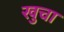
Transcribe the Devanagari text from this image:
खुचा